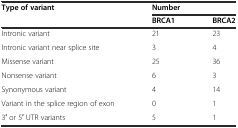
<table><thead><tr><td rowspan="2"><b>Type of variant</b></td><td colspan="2"><b>Number</b></td></tr><tr><td><b>BRCA1</b></td><td><b>BRCA2</b></td></tr></thead><tbody><tr><td>Intronic variant</td><td>21</td><td>23</td></tr><tr><td>Intronic variant near splice site</td><td>3</td><td>4</td></tr><tr><td>Missense variant</td><td>25</td><td>36</td></tr><tr><td>Nonsense variant</td><td>6</td><td>3</td></tr><tr><td>Synonymous variant</td><td>4</td><td>14</td></tr><tr><td>Variant in the splice region of exon</td><td>0</td><td>1</td></tr><tr><td>3′ or 5′ UTR variants</td><td>5</td><td>1</td></tr></tbody></table>